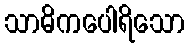
သာဓိကပေါရိသော